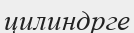
цилиндрге